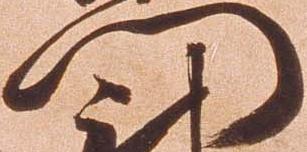
門